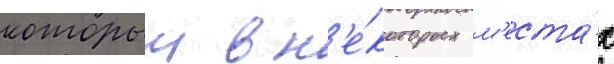
которыи в н'е́которых м'еста́х